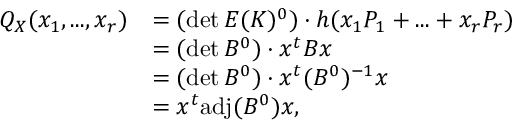
\begin{array} { r l } { Q _ { X } ( x _ { 1 } , . . . , x _ { r } ) } & { = ( \operatorname* { d e t } E ( K ) ^ { 0 } ) \cdot h ( x _ { 1 } P _ { 1 } + . . . + x _ { r } P _ { r } ) } \\ & { = ( \operatorname* { d e t } B ^ { 0 } ) \cdot x ^ { t } B x } \\ & { = ( \operatorname* { d e t } B ^ { 0 } ) \cdot x ^ { t } ( B ^ { 0 } ) ^ { - 1 } x } \\ & { = x ^ { t } \mathrm { a d j } ( B ^ { 0 } ) x , } \end{array}